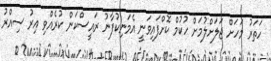
ހަތަރު މަހަށް ޖަލަށްލުމަށް ހުކުމް ކޮށްފައިވަނީ އެމަނިކުފާނު ރައީސްކަން ކުރެއްވި އިރު ސިއްރު